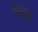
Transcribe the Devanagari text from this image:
पेन्ज़ा